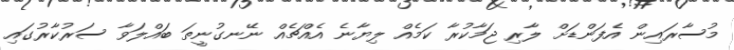
މުސާރައިން އެފަންޑަށް ލާރި ޖަމާކުރާ ކަމެއް ލިޔާނެ އެއްޗެއް ނޭނގުނީތަ ބައްލަވާ ސަރުކާރުގައި